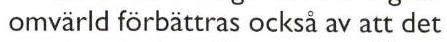
omvärld förbättras också av att det